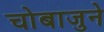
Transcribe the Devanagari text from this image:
चाेबाजुने